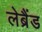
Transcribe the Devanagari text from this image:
लेब्रैंड